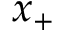
x _ { + }